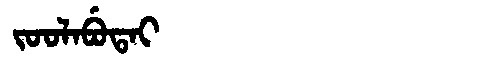
Manchu: ᠵᠣᠣᠯᠠᠪᡠᡨᠠᡳ
Romanization: JOOLABUTAI